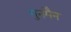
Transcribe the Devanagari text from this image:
गुनमैन